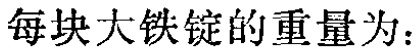
每块大铁锭的重量为：